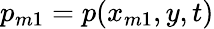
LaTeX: p_{m1}=p(x_{m1},y,t)